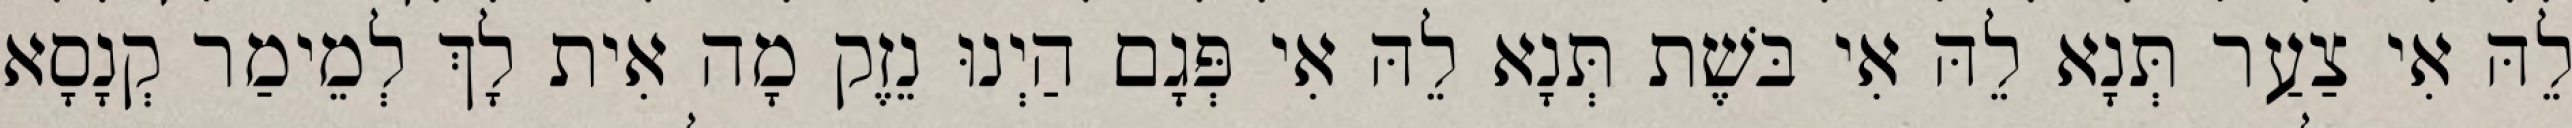
לֵהּ אִי צַעַר תְּנָא לֵהּ אִי בּשֶׁת תְּנָא לֵהּ אִי פְּגָם הַיְנוּ נֵזֶק מָה אִית לָךְ לְמֵימַר קְנָסָא